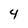
Character: 4